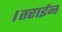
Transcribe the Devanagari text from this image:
।तराईन